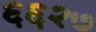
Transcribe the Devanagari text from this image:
६६२७